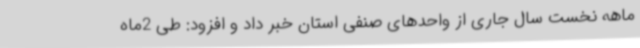
ماهه نخست سال جاری از واحدهای صنفی استان خبر داد و افزود: طی 2ماه